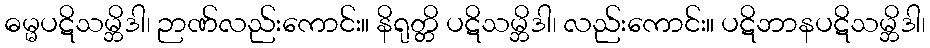
ဓမ္မပဋိသမ္ဘိဒါ၊ ဉာဏ်လည်းကောင်း။ နိရုတ္တိ ပဋိသမ္ဘိဒါ၊ လည်းကောင်း။ ပဋိဘာနပဋိသမ္ဘိဒါ၊